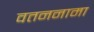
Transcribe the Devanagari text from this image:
वतननामा